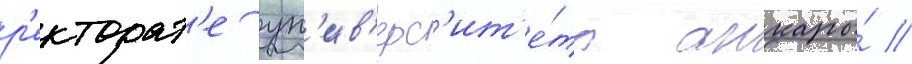
р'екторат'е ун'ив'ерс'ит'е́та анкары́ //